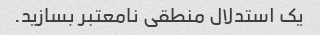
یک استدلال منطقی نامعتبر بسازید.